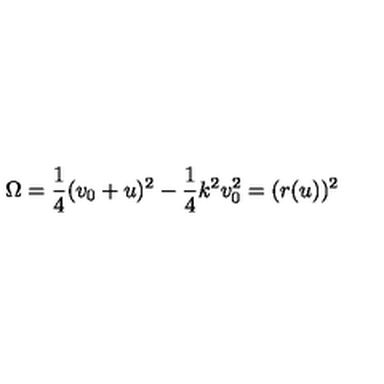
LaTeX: \Omega = \frac { 1 } { 4 } ( v _ { 0 } + u ) ^ { 2 } - \frac { 1 } { 4 } k ^ { 2 } v _ { 0 } ^ { 2 } = ( r ( u ) ) ^ { 2 }